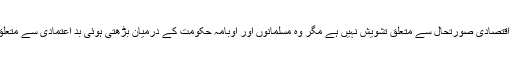
اُنھیں موجودہ اقتصادی صورتحال سے متعلق تشویش نہیں ہے مگر وہ مسلمانوں اور اوبامہ حکومت کے درمیان بڑھتی ہوئی بد اعتمادی سے متعلق پریشان ہیں۔